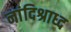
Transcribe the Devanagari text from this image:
नांदिश्राध्द